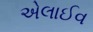
એલાઈવ